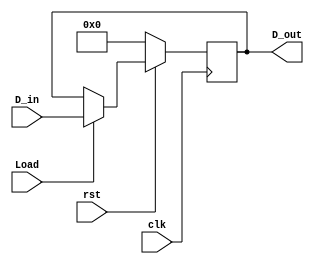
module LoadRegister(D_in, D_out, clk, rst, Load);
	input [3:0] D_in;
	output [3:0] D_out;
	input clk, rst;
	input Load;
	reg[3:0] D_out;

	always@(posedge clk)
		begin
			if (rst == 1'b0)
				begin
					D_out <= 4'b0000;
				end
			else
				begin
					if (Load == 1'b1)
					 begin
						D_out <= D_in;
					 end
				end
		end
	


endmodule